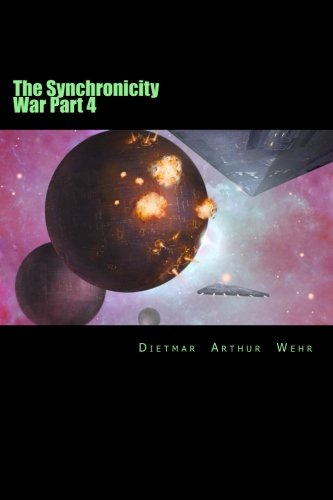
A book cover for The Synchronicity War Part 4 (Volume 4); Dietmar Arthur Wehr; Science Fiction & Fantasy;